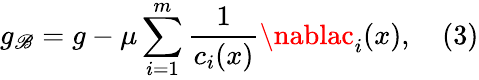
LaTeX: g_{\mathscr{B}}=g-\mu\sum_{i=1}^{m}{\frac{{1}}{{c_{i}(x)}}}\nablac_{i}(x),\quad(3)